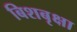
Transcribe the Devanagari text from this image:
बिशबृक्षा